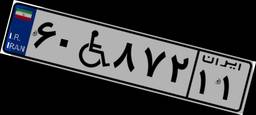
۶۰W۸۷۲۱۱